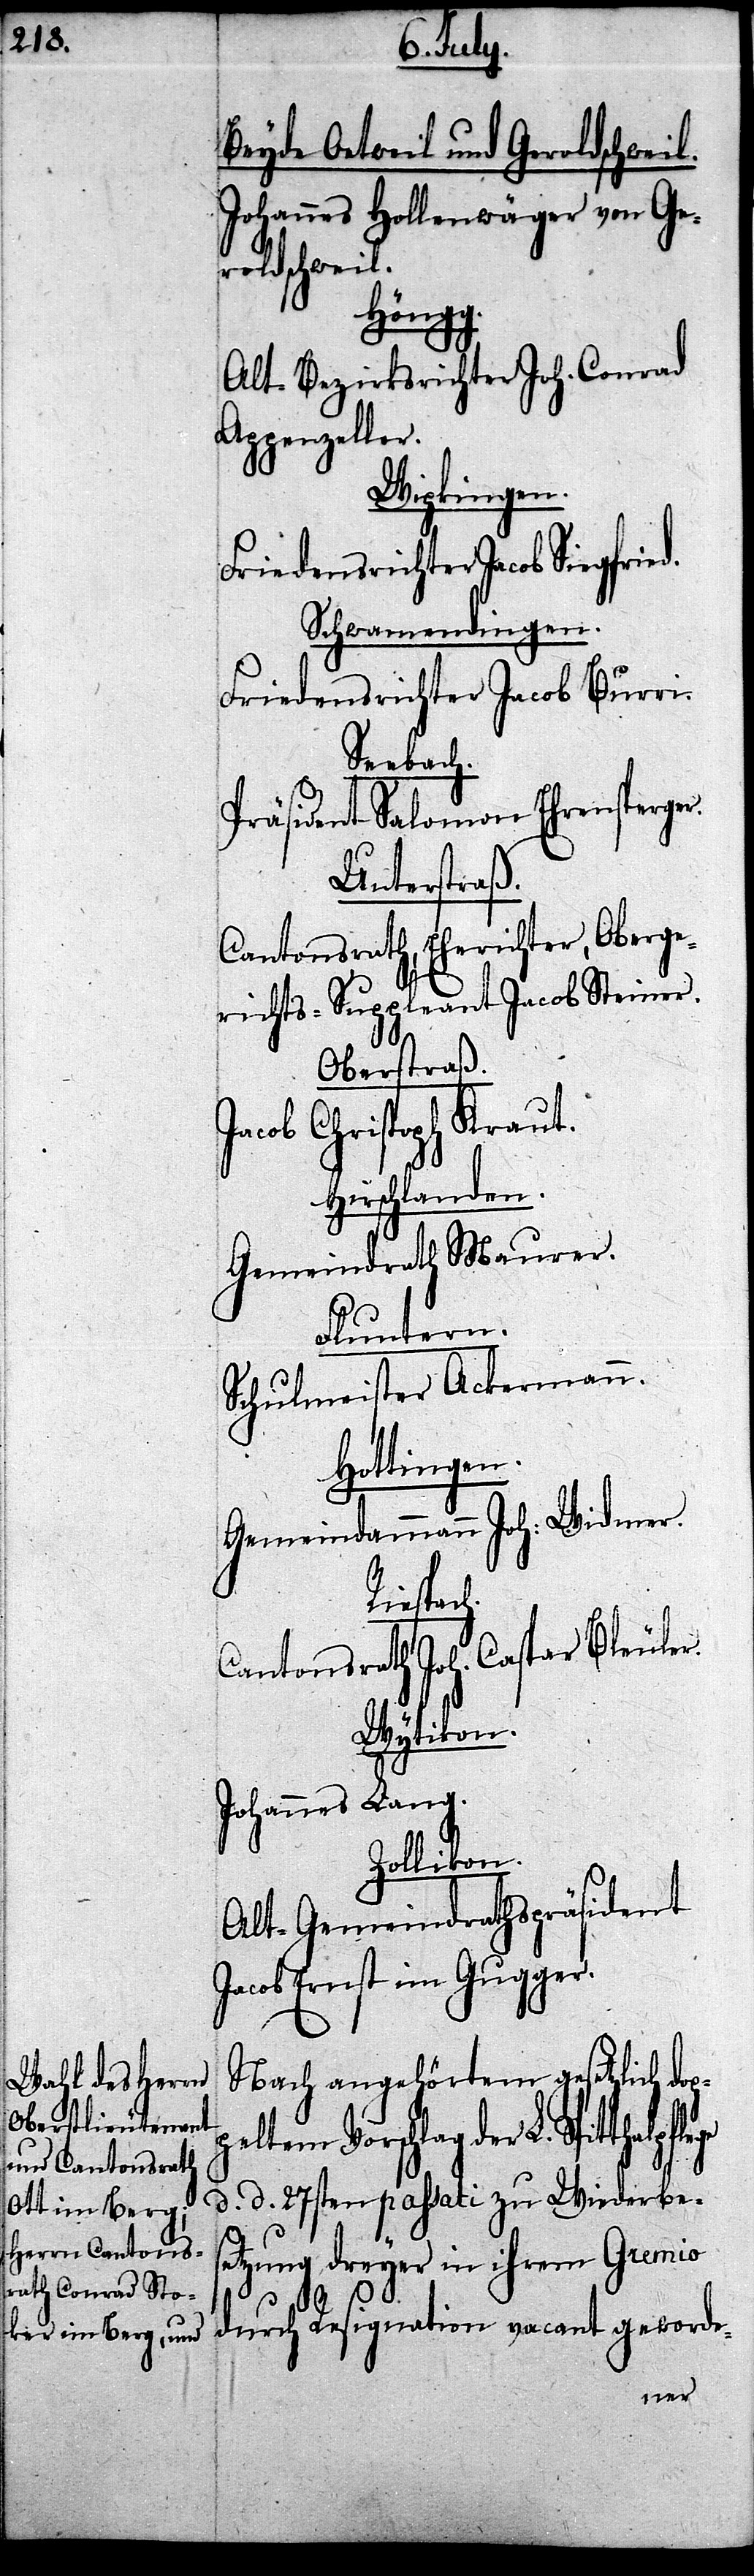
Beyde Oetweil und Geroldschweil.
Johannes Hollenwäger von Ge¬
roldschweil.
Höngg.
Alt-Bezirksrichter Joh. Conrad
Appenzeller.
Wipkingen.
Friedensrichter Jacob Siegfrie¬
Schwamendingen.
Friedensrichter Jacob Burri.
Seebach.
Präsident Salomon E¬
Unterstraß.
Cantonsrath, Eherichter, Oberge¬
richts-Suppleant Jacob Steiner.
Oberstraß.
vacant geworde-
Hirschlanden.
Gemeindrath Mau¬
Fluntern.
d.
Schulmeister Acke¬
Hottingen.
rer.
Gemeindammann Joh:
Riespach.
rmann.
Cantonsrath Joh. Ca¬
Wytikon.
Johannes Lang.
Zollikon.
Alt-Gemeindrathspräsident
Jacob Ernst im Gugger.
Nach angehörtem gesetzlich dop¬
peltem Vorschlag der L. S¬
d. d. 27sten passati zu Widerbes¬
etzung dreyer in ihrem Gremio